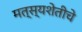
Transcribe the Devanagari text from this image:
मत्स्यशेतीचे